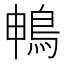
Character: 𮬱